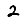
Digit: 2